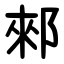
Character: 郲